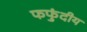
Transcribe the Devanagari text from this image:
फफुंदीय